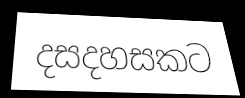
දසදහසකට